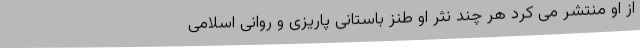
از او منتشر می کرد هر چند نثر او طنز باستانی پاریزی و روانی اسلامی